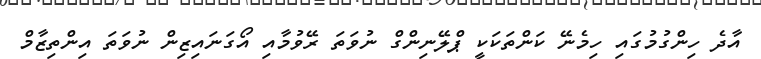
އާދެ ހިންގުމުގައި ހިމެނޭ ކަންތަކަކީ ޕްލޭނިންގް ނުވަތަ ރޭވުމާއި އޯގަނައިޒިން ނުވަތަ އިންތިޒާމް